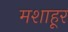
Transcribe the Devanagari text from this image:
मशाहूर